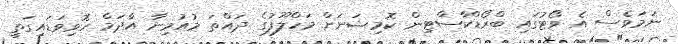
ނަމަވެސް އެ ވޯޓުގައި ބްރޯޑްކާސްޓިން ކޮމިޝަނަށް މަހްލޫފުގެ ދައްތަ މުއުމިނާ އާދަމް ހޮވިވަޑައިގަތީ